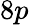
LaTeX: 8p